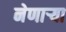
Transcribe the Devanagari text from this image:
नेणाऱ्या